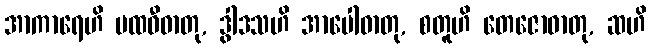
အာကာရေဟိ ပထဝီဓာတု, ဒွါဒသဟိ အာပေါဓာတု, စတူဟိ တေဇောဓာတု, ဆဟိ